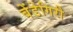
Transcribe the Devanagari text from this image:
बेंडेगिरी